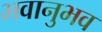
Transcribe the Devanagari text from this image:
भवानुभव